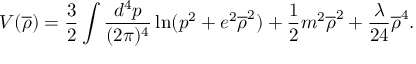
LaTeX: V ( \overline { { { \rho } } } ) = \frac { 3 } { 2 } \int \frac { d ^ { 4 } p } { ( 2 \pi ) ^ { 4 } } \ln ( p ^ { 2 } + e ^ { 2 } \overline { { { \rho } } } ^ { 2 } ) + \frac { 1 } { 2 } m ^ { 2 } \overline { { { \rho } } } ^ { 2 } + \frac { \lambda } { 2 4 } \overline { { { \rho } } } ^ { 4 } .